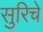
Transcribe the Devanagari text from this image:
सुरिचे